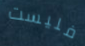
فليست